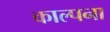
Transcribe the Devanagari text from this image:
काल्पना